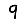
Digit: 9